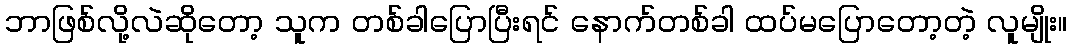
ဘာဖြစ်လို့လဲဆိုတော့ သူက တစ်ခါပြောပြီးရင် နောက်တစ်ခါ ထပ်မပြောတော့တဲ့ လူမျိုး။